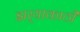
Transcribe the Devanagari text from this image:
झर्‍याकाठी